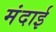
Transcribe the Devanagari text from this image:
मंदाई